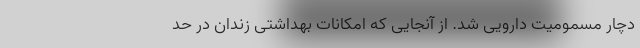
دچار مسمومیت دارویی شد. از آنجایی که امکانات بهداشتی زندان در حد